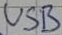
Text: USB